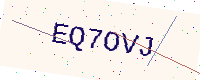
Text: EQ7OVJ